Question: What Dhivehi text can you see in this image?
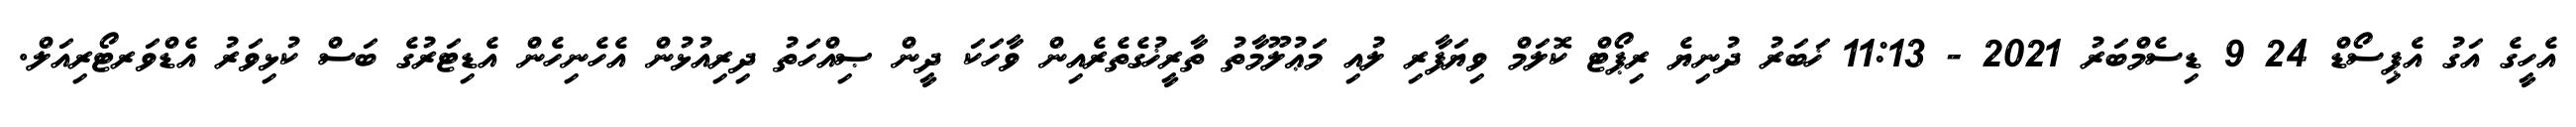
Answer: އެހީގެ އަގު އެޕިސޯޑް 24 9 ޑިސެމްބަރު 2021 - 11:13 ޚަބަރު ދުނިޔެ ރިޕޯޓް ކޮލަމް ވިޔަފާރި ލުއި މަޢުލޫމާތު ތާރީޚުގެތެރެއިން ވާހަކަ ދީން ޞިއްހަތު ދިރިއުޅުން އެހެނިހެން އެޑިޓަރުގެ ބަސް ކުޅިވަރު އެޑްވަރޓޯރިއަލް.